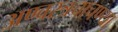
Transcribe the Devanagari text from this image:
अण्वस्त्रचाचण्या